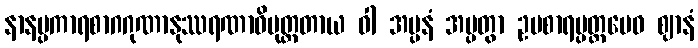
နာနပ္ပကာရစာဂဂုဏာနုဿရဏာဓိမုတ္တတာယ ဝါ အပ္ပနံ အပ္ပတွာ ဥပစာရပ္ပတ္တမေဝ ဈာနံ